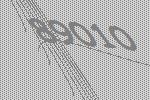
89010